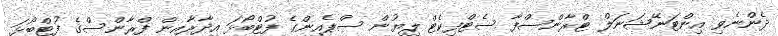
ދެންނެވި އިންޓަނޭޝަނަލް ޓްރާންސްފާ ސެޓްފިކެޓް ލިޔުން ސްޕެއިންގެ ފުޓްބޯޅަ އިދާރާއިން ފްރާންސްގެ ފުޓްބޯޅަ